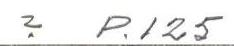
? P.125